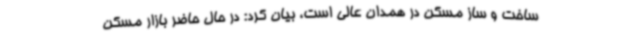
ساخت و ساز مسکن در همدان عالی است، بیان کرد: در حال حاضر بازار مسکن